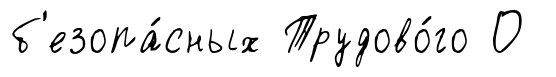
б'езопа́сных Трудово́го О